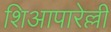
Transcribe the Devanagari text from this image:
शिआपारेल्ली